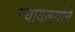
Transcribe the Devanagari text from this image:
न्यायलयाने